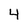
Character: 4